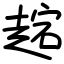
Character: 趤